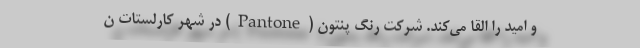
و امید را القا می‌کند. شرکت رنگ پنتون (Pantone) در شهر کارلستات ن